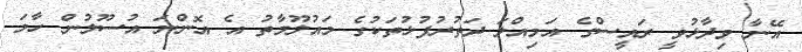
އޭނާ ވިދާޅުވީ ރައީސްގެ އަމިއްލަ ދަތުރުފުޅުތަކުގެ މައުލޫމާތު އެ އޮންނަ އުސޫލުން ހާމަ